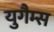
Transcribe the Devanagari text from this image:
युगैम्स